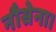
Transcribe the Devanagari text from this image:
नौसेना।